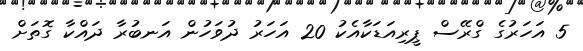
5 އަހަރުގެ ގްރޭސް ޕީރިއަޑަކާއެކު 20 އަހަރު ދުވަހުން އަނބުރާ ދައްކާ ގޮތަށް